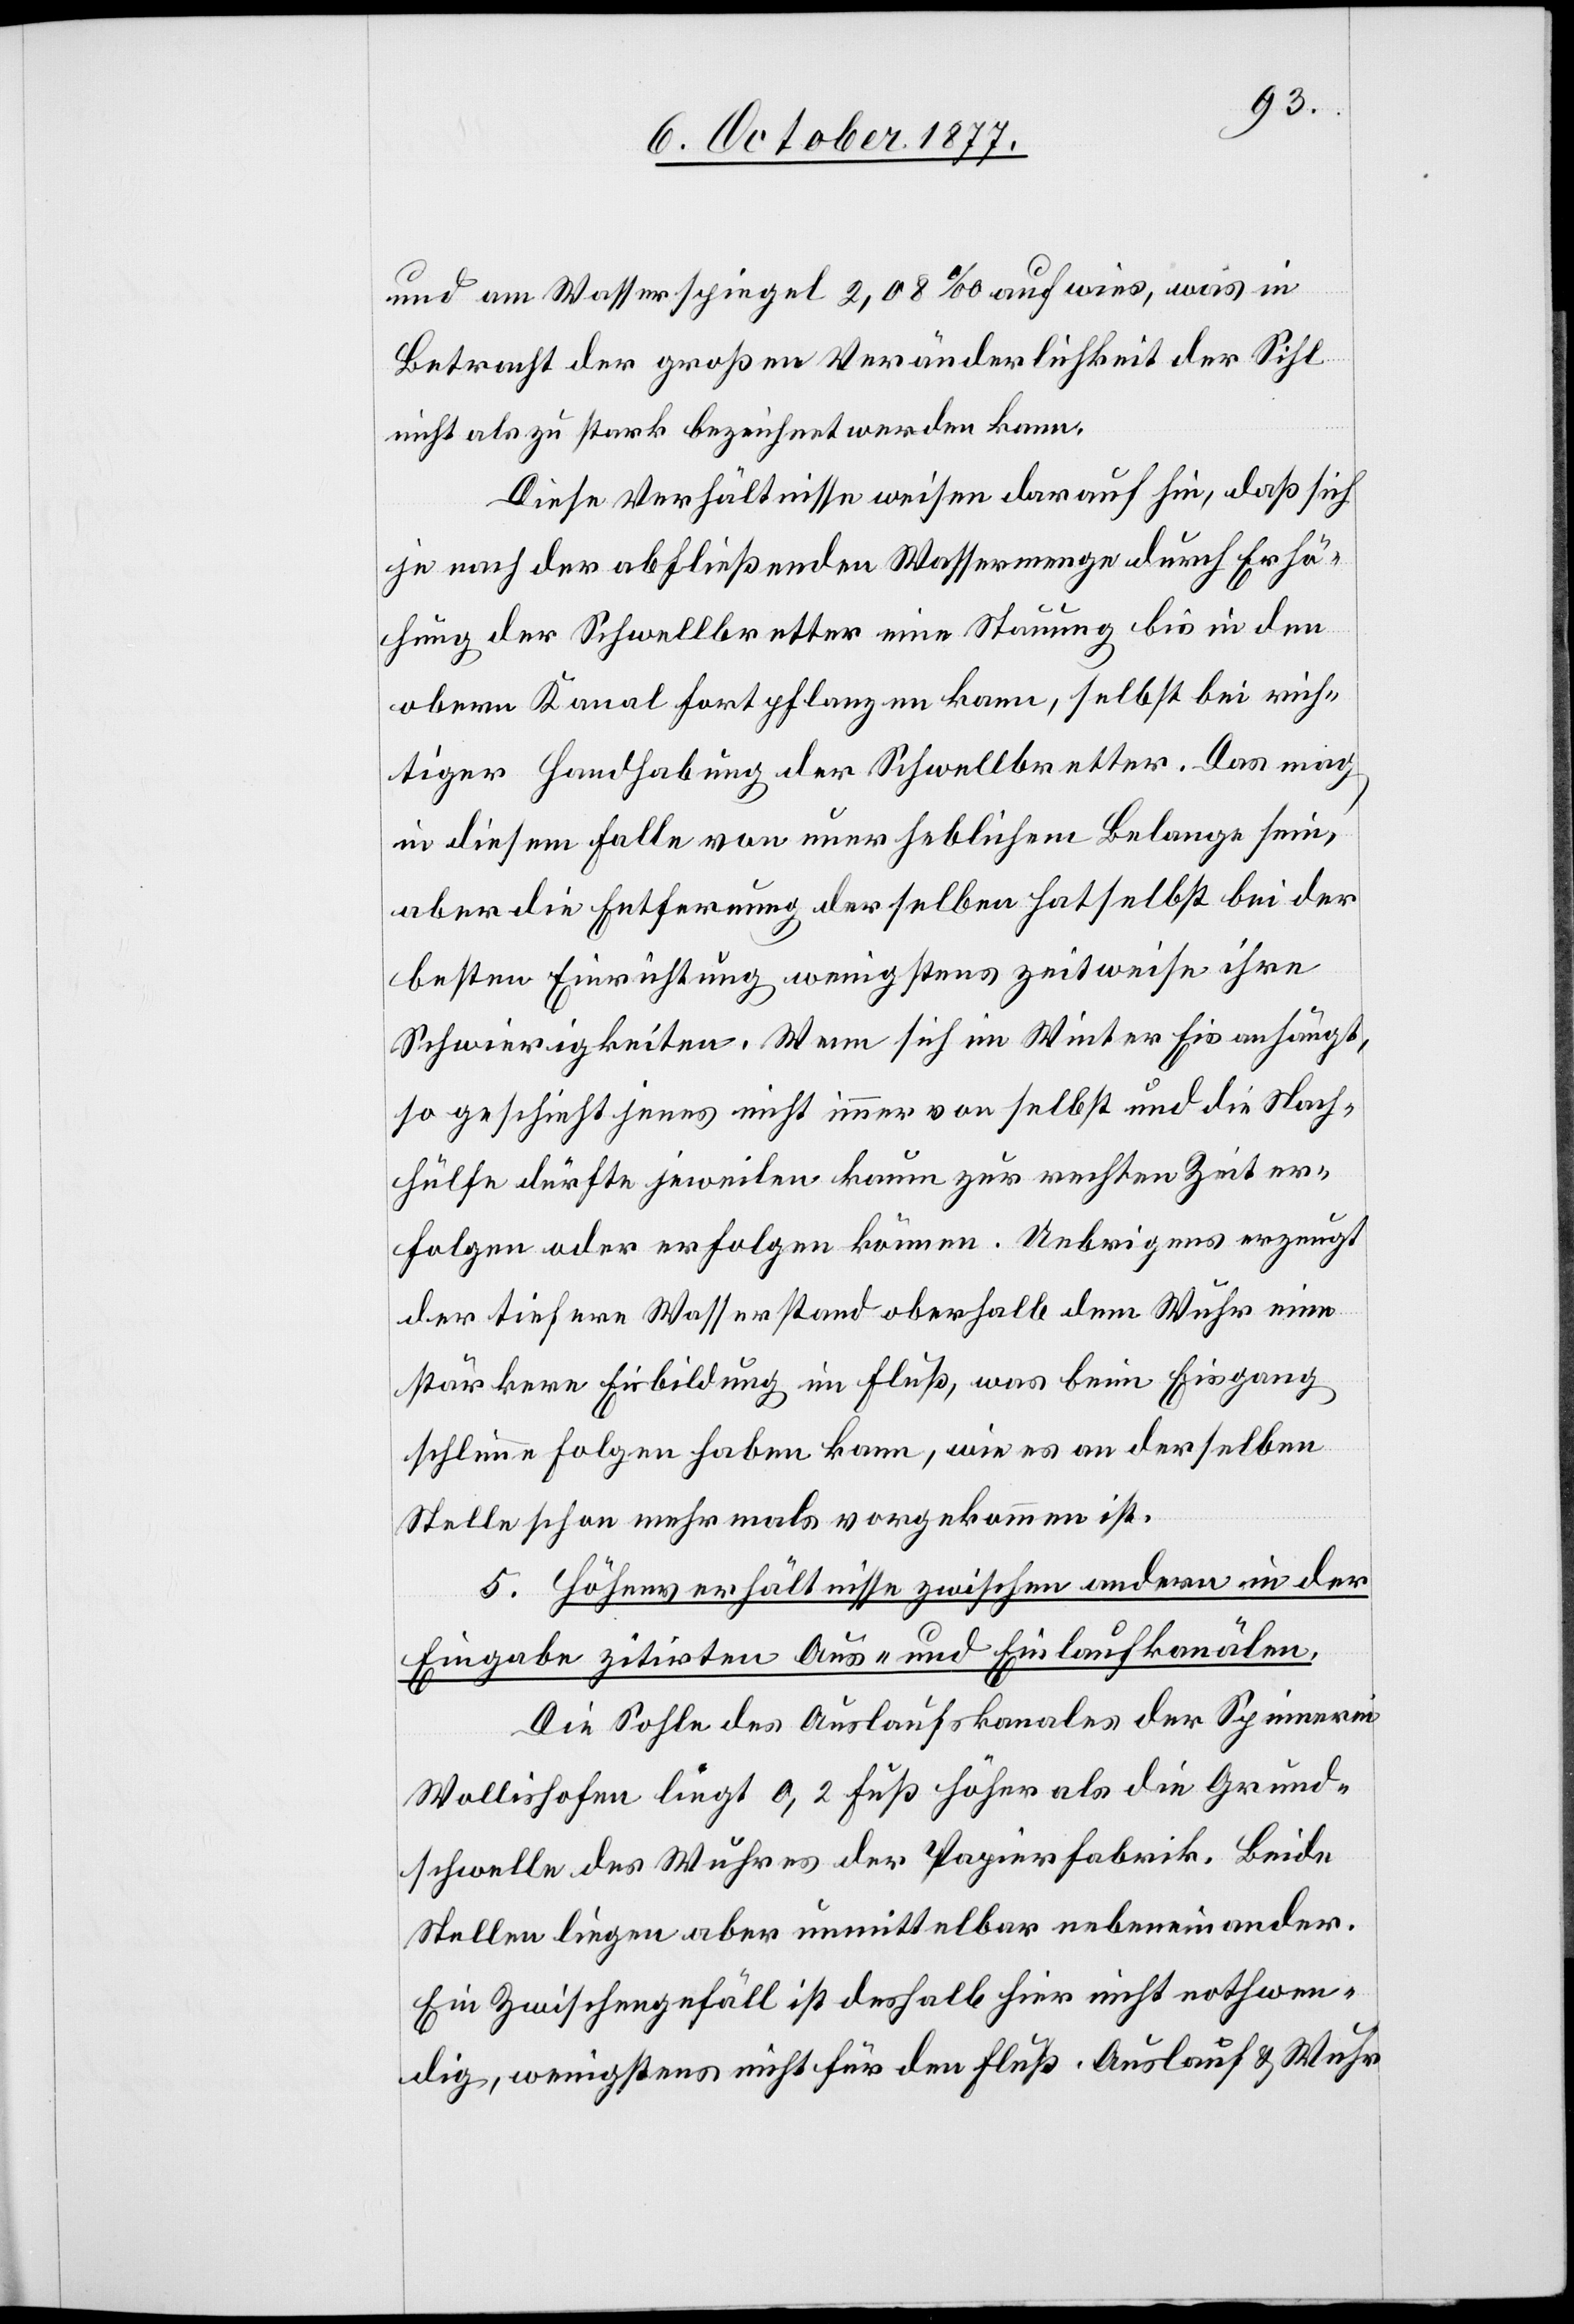
und am Wasserspiegel 2,08‰ aufwies, was in
Betracht der großen Veränderlichkeit der Sihl
nicht als zu stark bezeichnet werden kann.
Diese Verhältnisse weisen darauf hin, daß sich
je nach der abfließenden Wassermenge durch Erhö¬
hung der Schwellbretter eine Stauung bis in den
obern Kanal fortpflanzen kann, selbst bei rich¬
tiger Handhabung der Schwellbretter. Das mag
in diesem Falle von unerheblichem Belange sei,
aber die Entfernung derselben hat selbst bei der
besten Einrichtung wenigstens zeitweise ihre
Schwierigkeiten. Wenn sich im Winter Eis anhängt,
so geschieht jenes nicht immer von selbst und die Nach¬
hülfe dürfte jeweilen kaum zur rechten Zeit er¬
folgen oder erfolgen können. Uebrigens erzeugt
der tiefere Wasserstand oberhalb dem Wuhr eine
stärkere Eisbildung im Fluß, was beim Eisgang
schlimme Folgen haben kann, wie es an derselben
Stelle schon mehrmals vorgekommen ist.
5. Höhenverhältnisse zwischen andern in der
Eingabe zitirten Aus- und Einlaufkanälen.
Die Sohle des Auslaufskanales der Spinnerei
Wollishofen liegt 0,2 Fuß höher als die Grund¬
schwelle des Wuhres der Papierfabrik. Beide
Stellen liegen aber unmittelbar nebeneinander.
Ein Zwischengefäll ist deshalb hier nicht nothwen¬
dig, wenigstens nicht für den Fluß. Auslauf & Wuhr